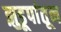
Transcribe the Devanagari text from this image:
झुडूपांतून